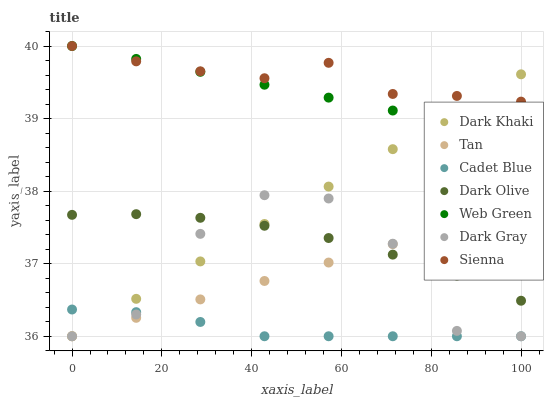
| xaxis_label | Dark Khaki | Tan | Cadet Blue | Dark Olive | Web Green | Dark Gray | Sienna |
 | --- | --- | --- | --- | --- | --- | --- | --- |
 | 0 | 36 | 36 | 36.4 | 37.7 | 40 | 36 | 40 |
 | 14.3 | 36.5 | 36.3 | 36.3 | 37.7 | 39.8 | 36.3 | 39.8 |
 | 28.6 | 37 | 36.5 | 36.2 | 37.6 | 39.6 | 37.4 | 39.7 |
 | 42.9 | 37.5 | 36.8 | 36 | 37.5 | 39.5 | 37.9 | 39.6 |
 | 57.1 | 38.1 | 37 | 36 | 37.4 | 39.3 | 37.9 | 39.8 |
 | 71.4 | 38.6 | 37.3 | 36 | 37.1 | 39.1 | 37.3 | 39.3 |
 | 85.7 | 39.1 | 37.5 | 36 | 36.8 | 38.9 | 36.1 | 39.3 |
 | 100 | 39.6 | 37.8 | 36 | 36.5 | 38.8 | 36 | 39.2 |